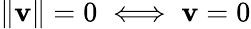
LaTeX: \| \mathbf{v}\| =0\iff\mathbf{v}=0